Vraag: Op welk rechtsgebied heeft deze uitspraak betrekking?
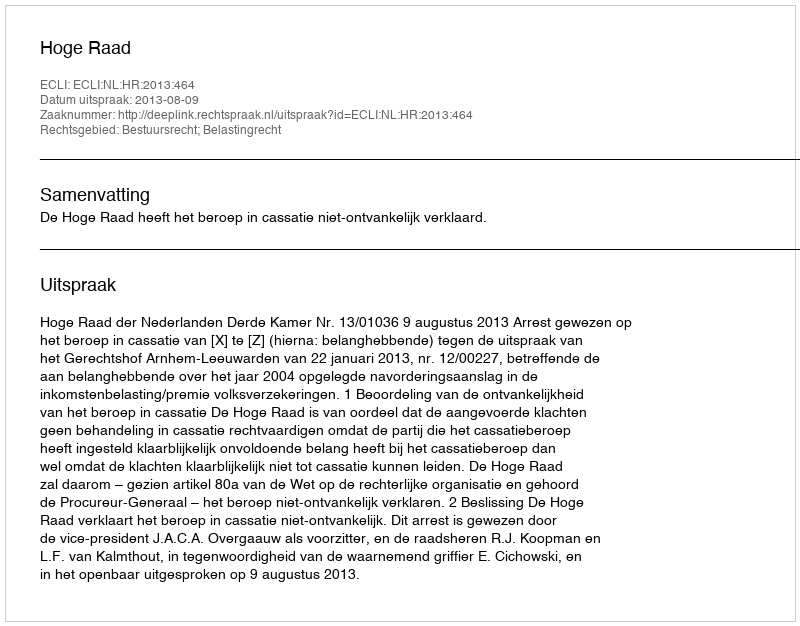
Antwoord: Bestuursrecht; Belastingrecht